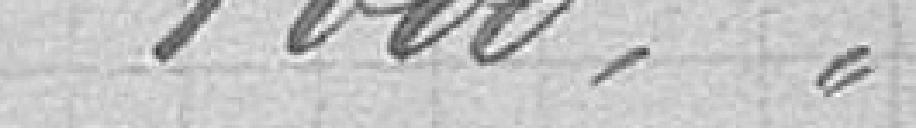
1000